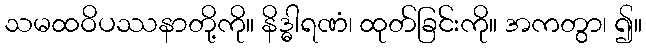
သမထဝိပဿနာတို့ကို။ နိဒ္ဓါရဏံ၊ ထုတ်ခြင်းကို။ အကတွာ၊ ၍။